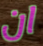
ان